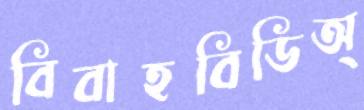
বিবাহবিডিঅ্